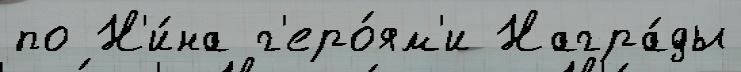
по Н'и́на г'еро́ям'и Награ́ды